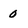
Character: 0